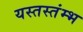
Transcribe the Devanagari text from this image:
यस्तस्तंम्भ